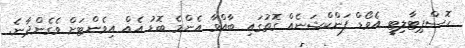
ހޮސްޕިޓާލިޓީ އެވޯޑް ފަންކްޝަނެއް ގޮތުގައި ބާއްވާ އެންމެ ބޮޑު އެއް އިވެންޓަށް ވެގެންދާނެ.